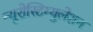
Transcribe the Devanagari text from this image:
न्यूरोस्टिम्युलेशन